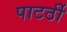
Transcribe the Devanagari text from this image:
पाटर्ठी